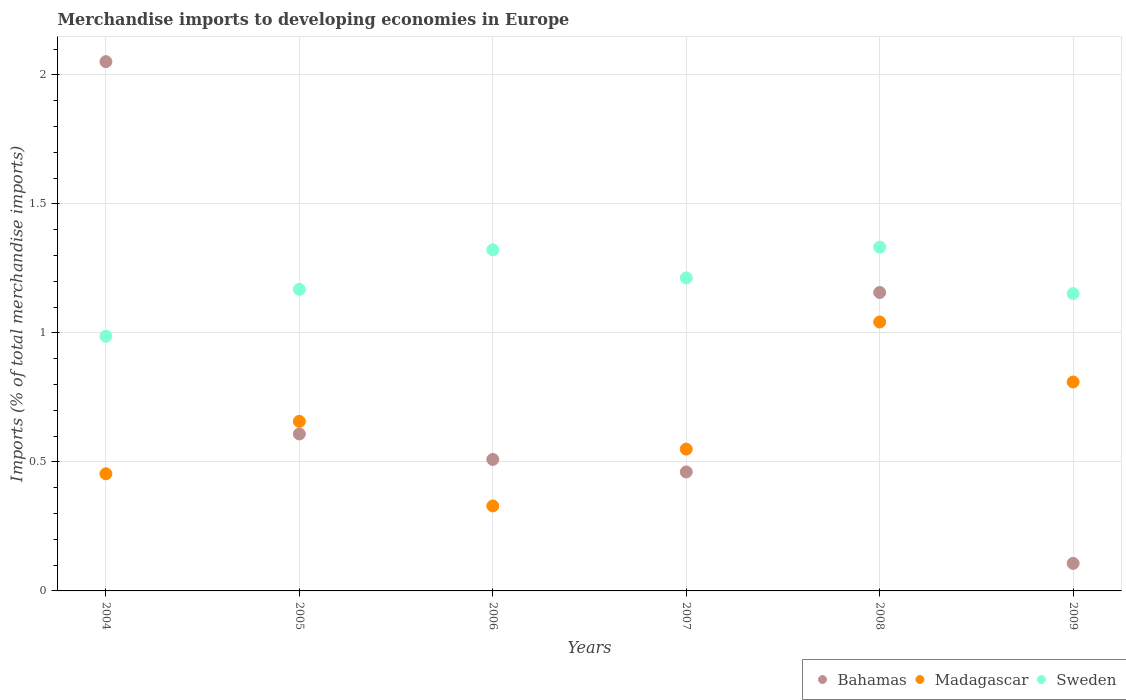
| Years | Bahamas | Madagascar | Sweden |
 | --- | --- | --- | --- |
 | 2004 | 2.05 | 0.454 | 0.987 |
 | 2005 | 0.608 | 0.657 | 1.17 |
 | 2006 | 0.51 | 0.329 | 1.32 |
 | 2007 | 0.461 | 0.55 | 1.21 |
 | 2008 | 1.16 | 1.04 | 1.33 |
 | 2009 | 0.107 | 0.81 | 1.15 |